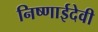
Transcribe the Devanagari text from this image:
निष्णाईदेवी